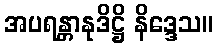
အပရန္တာနုဒိဋ္ဌိ နိဒ္ဒေသ။